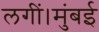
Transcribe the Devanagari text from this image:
लगीं।मुंबई